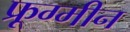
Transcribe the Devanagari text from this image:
फ्रूग्मीन